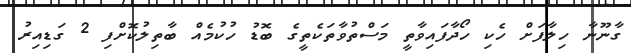
ގާނޫނާ ހިލާފަށް ހެކި ހޯދާފައިވާތީ މަސްތުވާތަކެތީގެ ބޮޑު ހުކުމެއް ބާތިލުކޮށްފި 2 ގަޑިއިރު